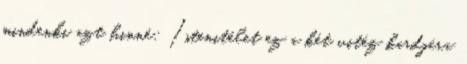
mindenki azt hinné: Istenitélet ez a két vitéz kardjára